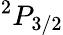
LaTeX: ^{2}P_{3/2}